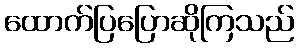
ထောက်ပြပြောဆိုကြသည်